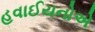
હવાઈયનોએ